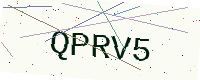
Text: QPRV5